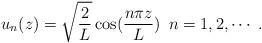
LaTeX: \begin{align*}u_{n}(z)=\sqrt{\frac{2}{L}}\cos(\frac{n\pi z}{L})\,\,\, n=1,2,\cdots \;.\end{align*}